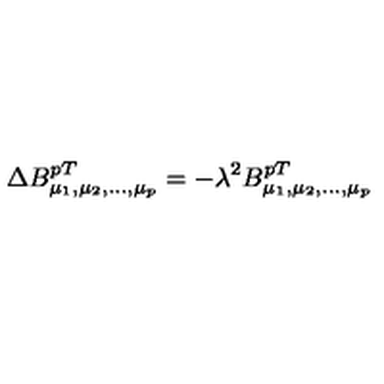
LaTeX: \Delta B _ { \mu _ { 1 } , \mu _ { 2 } , . . . , \mu _ { p } } ^ { p T } = - \lambda ^ { 2 } B _ { \mu _ { 1 } , \mu _ { 2 } , . . . , \mu _ { p } } ^ { p T }